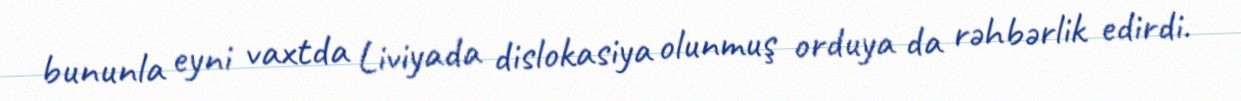
bununla eyni vaxtda Liviyada dislokasiya olunmuş orduya da rəhbərlik edirdi.